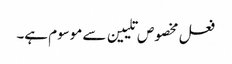
فعل مخصوص تلیین سے موسوم ہے۔